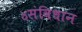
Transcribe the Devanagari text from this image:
४संविधान